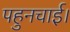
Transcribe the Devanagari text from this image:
पहुनचाई।